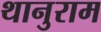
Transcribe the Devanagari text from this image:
थानुराम